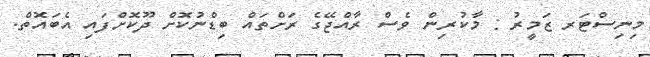
މިނިސްޓަރ ޒަމީރު : މާކުރިން ވެސް ރާއްޖޭގެ ރަށްތައް ބިޑްނުކޮށް ދޫކޮށްފައި އެބައޮތް.